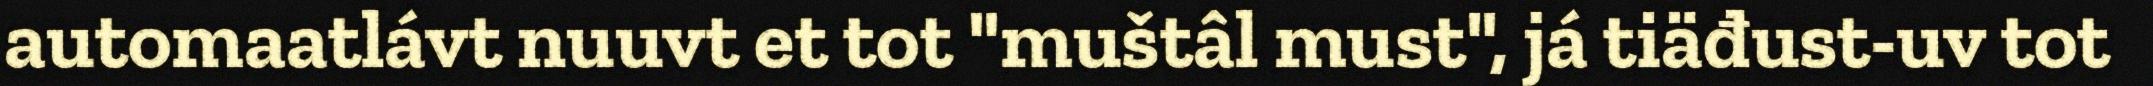
automaatlávt nuuvt et tot "muštâl must", já tiäđust-uv tot